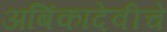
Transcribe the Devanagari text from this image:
अबिंकादेवीचे